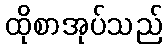
ထိုစာအုပ်သည်